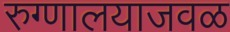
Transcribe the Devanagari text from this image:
रुग्णालयाजवळ